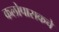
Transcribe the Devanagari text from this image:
कलोपासकचे